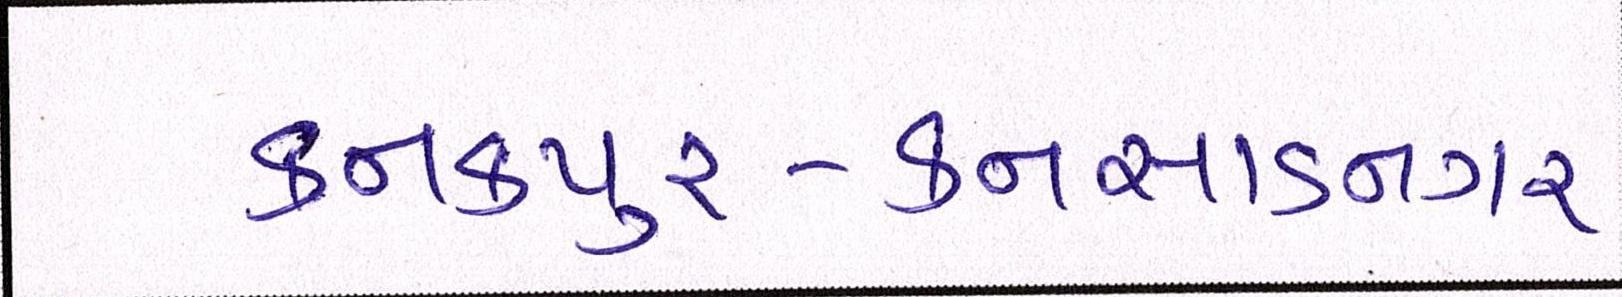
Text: કનકપુર-કનસાડનગર